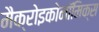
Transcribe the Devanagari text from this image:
मैक्रोइकोनॉमिक्स